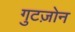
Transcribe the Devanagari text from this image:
गुटज़ोन